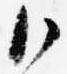
御